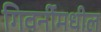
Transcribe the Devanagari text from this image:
गिवर्नीमधील